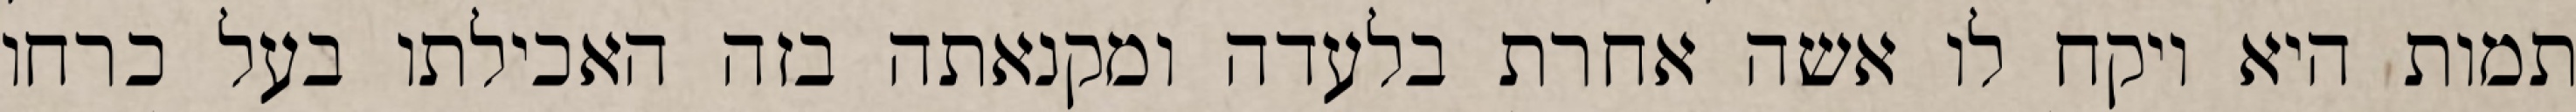
תמות היא ויקח לו אשה אחרת בלעדה ומקנאתה בזה האכילתו בעל כרחו